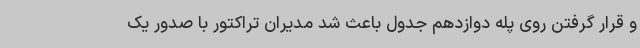
و قرار گرفتن روی پله دوازدهم جدول باعث شد مدیران تراکتور با صدور یک